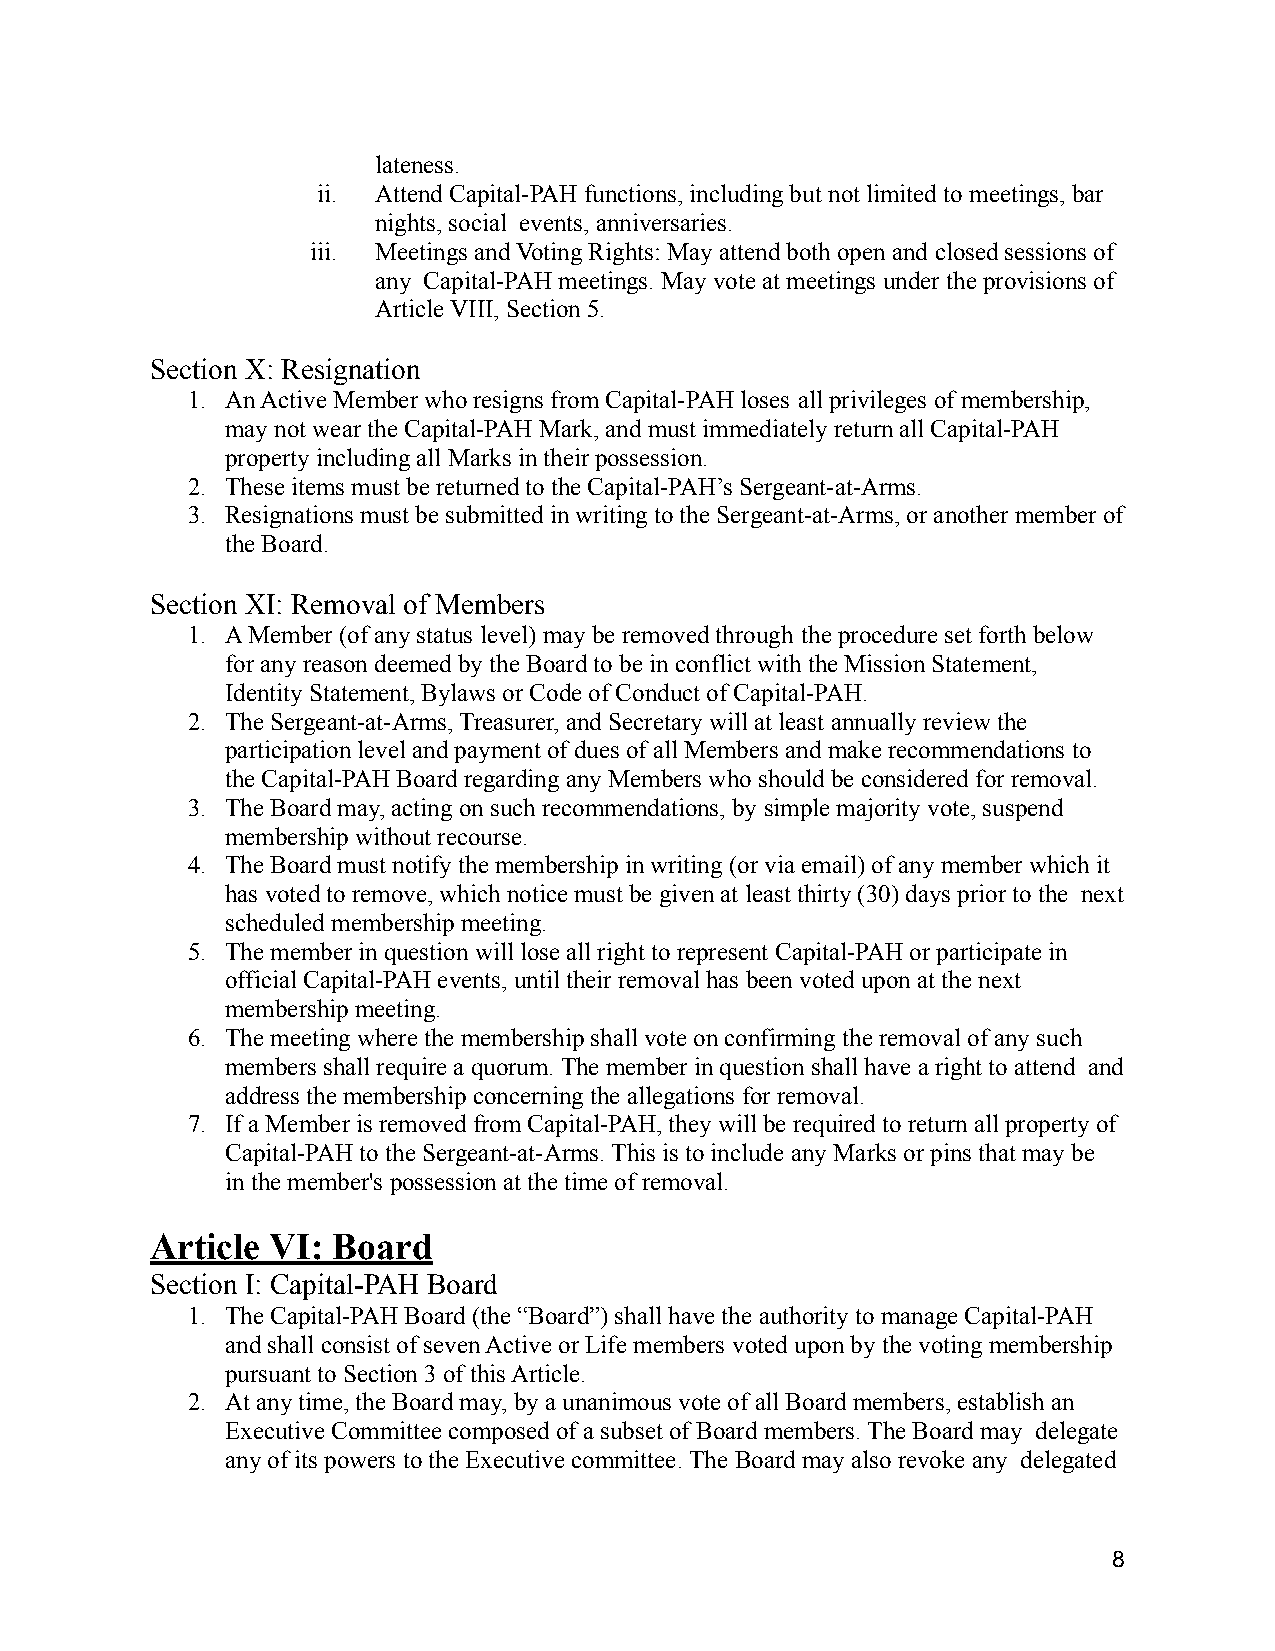
lateness.
 ii. Attend Capital-PAH functions, including but not limited to meetings, bar
 nights, social events, anniversaries.
 iii. Meetings and Voting Rights: May attend both open and closed sessions of
 any Capital-PAH meetings. May vote at meetings underthe provisions of
 Article VIII, Section 5.
 Section X: Resignation
 1. An Active Member who resigns from Capital-PAH loses all privileges of membership,
 may not wear the Capital-PAH Mark, and must immediately return all Capital-PAH
 property including all Marks in their possession.
 2. These items must be returned to the Capital-PAH’sSergeant-at-Arms.
 3. Resignations must be submitted in writing to the Sergeant-at-Arms,or another member of
 the Board.
 Section XI: Removal of Members
 1. A Member (of any status level) may be removed through the procedure set forth below
 for any reason deemed by the Board to be in conflict with the Mission Statement,
 Identity Statement, Bylaws or Code of Conduct of Capital-PAH.
 2. The Sergeant-at-Arms, Treasurer, and Secretary will at least annually review the
 participation level and payment of dues of all Members and make recommendations to
 the Capital-PAH Board regarding any Members who shouldbe considered for removal.
 3. The Board may, acting on such recommendations, by simple majority vote, suspend
 membership without recourse.
 4. The Board must notify the membership in writing (or via email) of any member which it
 has voted to remove, which notice must be given at least thirty (30) days prior to the next
 scheduled membership meeting.
 5. The member in question will lose all right to representCapital-PAH or participate in
 official Capital-PAH events, until their removal has been voted upon at the next
 membership meeting.
 6. The meeting where the membership shall vote on confirmingthe removal of any such
 members shall require a quorum. The member in question shall have a right to attend and
 address the membership concerning the allegationsfor removal.
 7. If a Member is removed from Capital-PAH, they willbe required to return all property of
 Capital-PAH to the Sergeant-at-Arms. This is to include any Marks or pins that may be
 in the member's possession at the time of removal.
 Article VI: Board
 Section I: Capital-PAH Board
 1. The Capital-PAH Board (the “Board”) shall have theauthority to manage Capital-PAH
 and shall consist of seven Active or Life members voted upon by the voting membership
 pursuant to Section 3 of this Article.
 2. At any time, the Board may, by a unanimous vote of all Board members, establish an
 Executive Committee composed of a subset of Board members. The Board may delegate
 any of its powers to the Executive committee. The Board may also revoke any delegated
 8